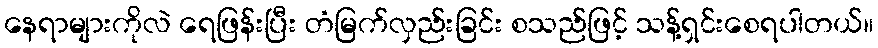
နေရာများကိုလဲ ရေဖြန်းပြီး တံမြက်လှည်းခြင်း စသည်ဖြင့် သန့်ရှင်းစေရပါတယ်။